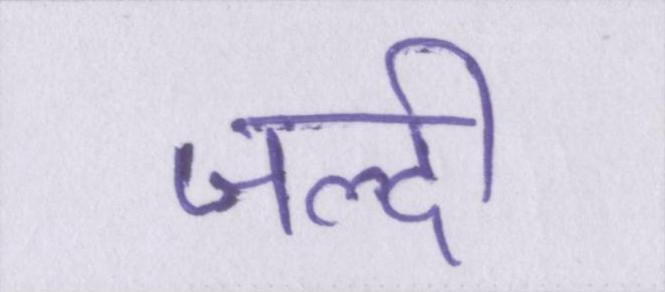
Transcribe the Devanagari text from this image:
जल्दी